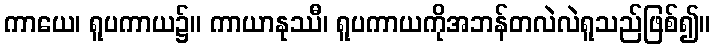
ကာယေ၊ ရူပကာယ၌။ ကာယာနုဿီ၊ ရူပကာယကိုအဘန်တလဲလဲရူသည်ဖြစ်၍။